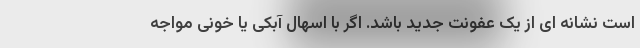
است نشانه ای از یک عفونت جدید باشد. اگر با اسهال آبکی یا خونی مواجه